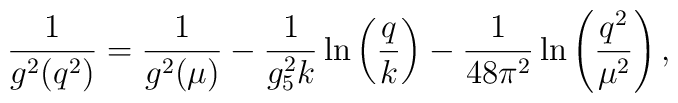
{1\over g^2(q^2)} = {1\over g^2(\mu)} -{1\over g_5^2 k}\ln\left({q\over k}\right) -{1\over 48\pi^2}\ln\left({q^2\over \mu^2}\right),